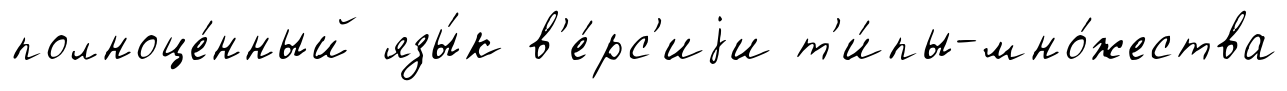
полноце́нный язы́к в'е́рс'иjи т'и́пы-мно́жества